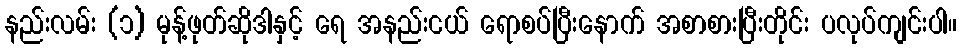
နည်းလမ်း (၁) မုန့်ဖုတ်ဆိုဒါနှင့် ရေ အနည်းငယ် ရောစပ်ပြီးနောက် အစာစားပြီးတိုင်း ပလုပ်ကျင်းပါ။